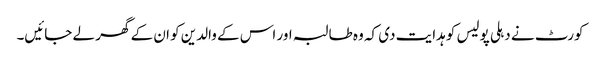
کورٹ نے دہلی پولیس کو ہدایت دی کہ وہ طالبہ اور اس کے والدین کو ان کے گھر لے جائیں۔